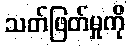
သတ်ဖြတ်မှုကို